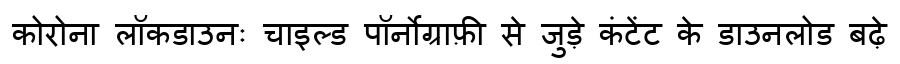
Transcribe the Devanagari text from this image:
कोरोना लॉकडाउनः चाइल्ड पॉर्नोग्राफ़ी से जुड़े कंटेंट के डाउनलोड बढ़े